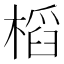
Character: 槄